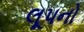
લૂપનો